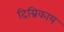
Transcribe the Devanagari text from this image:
दिग्निकाय